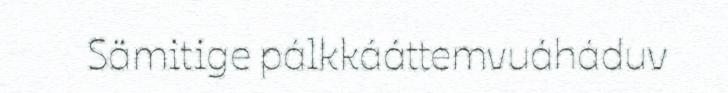
Sämitige pálkkááttemvuáháduv